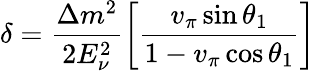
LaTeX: \delta=\frac{\Delta m^{2}}{2E_{\nu}^{2}}\left[\frac{v_{\pi}\sin\theta_{1}}{1-v_{\pi}\cos\theta_{1}}\right]